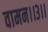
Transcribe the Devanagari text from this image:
वामन।।३।।